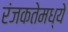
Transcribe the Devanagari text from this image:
रंजकतेमध्ये